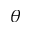
\theta